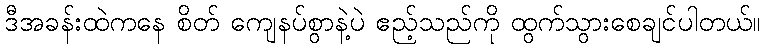
ဒီအခန်းထဲကနေ စိတ် ကျေနပ်စွာနဲ့ပဲ ဧည့်သည်ကို ထွက်သွားစေချင်ပါတယ်။